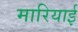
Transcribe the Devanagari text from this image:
मारियाई